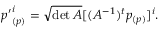
{ p ^ { \prime } } _ { ( p ) } ^ { i } = \sqrt { \operatorname * { d e t } A } [ ( A ^ { - 1 } ) ^ { t } p _ { ( p ) } ] ^ { i } .